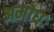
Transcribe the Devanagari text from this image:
अमोघः